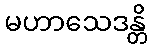
မဟာသေဒန္တိ